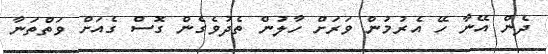
ދެން އޭނާ ހޭ އެރުމުން ވަރަށް ހާލުން ތެދުވެގެން ގޮސް ގެއަށް ވަތްތަނާ